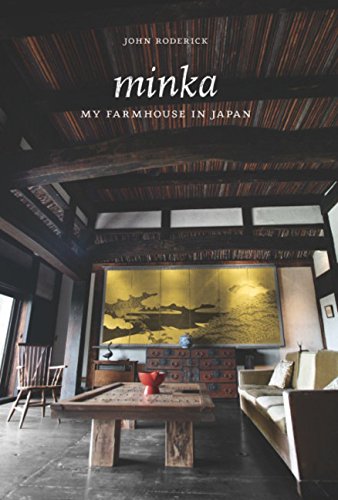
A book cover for Minka: My Farmhouse in Japan; John Roderick; Arts & Photography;